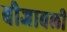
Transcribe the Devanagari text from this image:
बीजावली